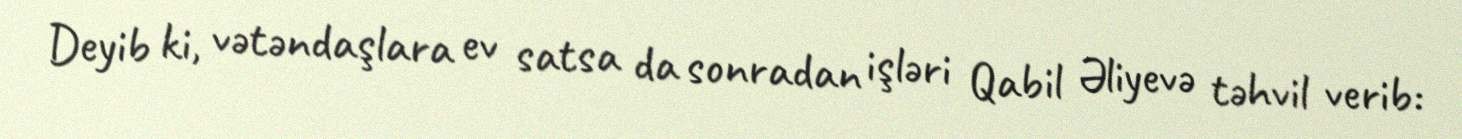
Deyib ki, vətəndaşlara ev satsa da sonradan işləri Qabil Əliyevə təhvil verib: